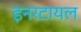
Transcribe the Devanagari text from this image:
इनरटायल